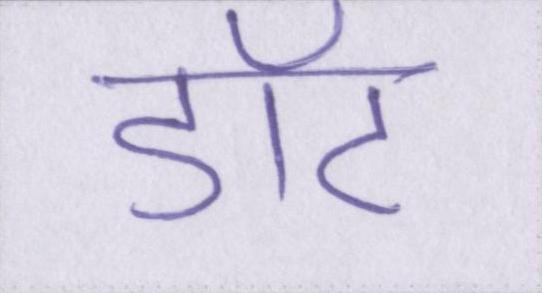
डॉट